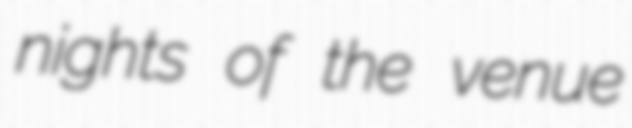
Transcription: nights of the venue